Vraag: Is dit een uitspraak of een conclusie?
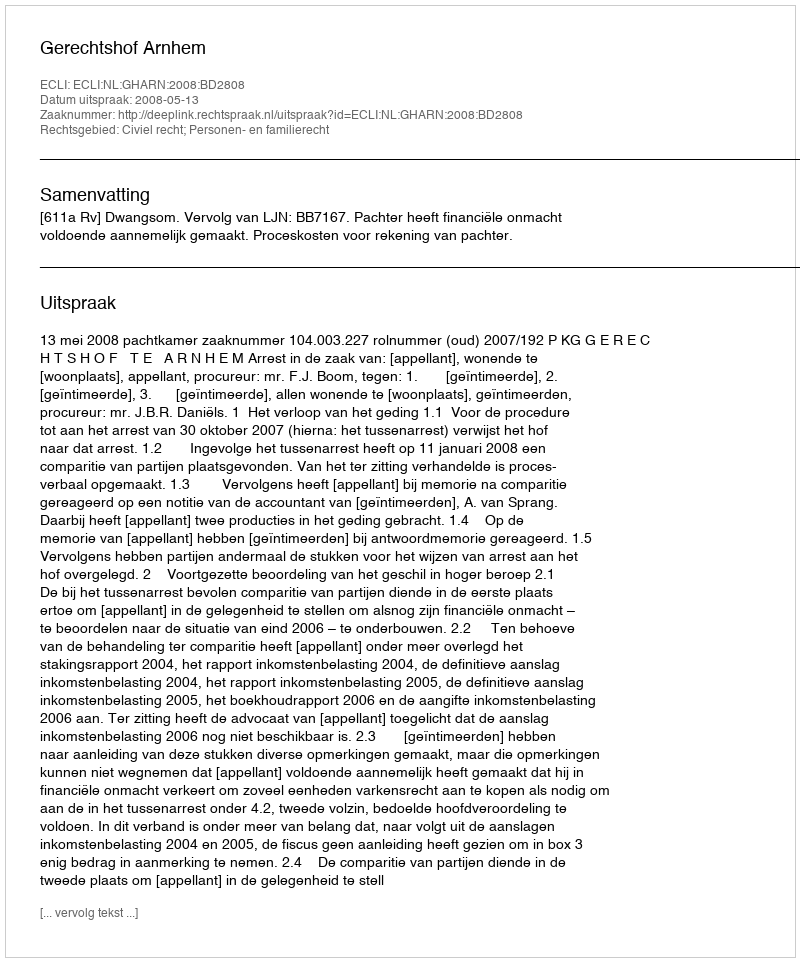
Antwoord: Uitspraak